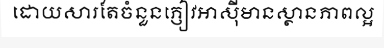
ដោយសារតែចំនួនភ្ញៀវអាស៊ីមានស្ថានភាពល្អ